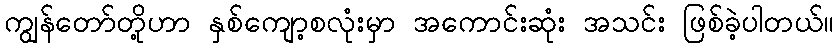
ကျွန်တော်တို့ဟာ နှစ်ကျော့စလုံးမှာ အကောင်းဆုံး အသင်း ဖြစ်ခဲ့ပါတယ်။